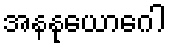
အနနုယောဂေါ